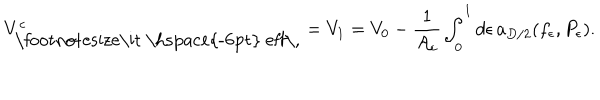
V _ { \mathrm { \footnotesize \it ~ ~ e f f \, } } ^ { c } = V _ { 1 } = V _ { 0 } - { \frac { 1 } { { \cal A } _ { c } } } \int _ { 0 } ^ { 1 } d \epsilon \, a _ { D / 2 } ( f _ { \epsilon } , P _ { \epsilon } ) .